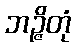
ဘဉ္ဇိတုံ